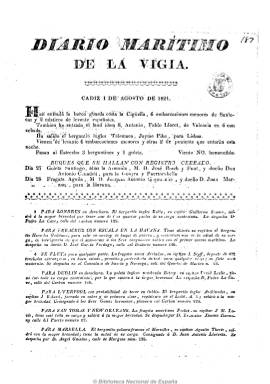
Título: Diario marítimo de la vigía
Colección: Navegación
Ámbito geográfico: Cádiz
Lugar de publicación: Cádiz
Fechas: 01/08/1821-15/11/1821

Periódico gaditano que informa del movimiento portuario y los fletes y productos de los buques. Para Mario Trujillo Bolio es un “instrumento de consulta fundamental para abordar el intercambio marítimo entre Cádiz y las colonias hispanoaméricanas”, pero también del Mediterráneo y norte de Europa. Comenzó a publicarse semanalmente en 1789 de manera manuscrita por el vigía mayor de Cádiz, Aureliano Tavira, de ahí su título, que hace mención también a la Torre Vigía del golfo gaditano, y a partir de 1798 ya apareció impreso, y con frecuencia diaria desde 1816. Los vigías mayores Antonio García, Federico Tomasi Vargas y Adolfo Cebada Gómez fueron otros de sus redactores y editores.

Su publicación alcanza hasta 1936, adoptando a lo largo del tiempo otros diversos títulos: Lista semanal de buques entrados, salidos y existentes en la bahía, Vigía de Cádiz, El vigía o Parte oficial de la vigía de Cádiz, y a veces aparecía sin estampar el título o cabecera.

La colección de este periódico en la Biblioteca de Temas Gaditanos Juvencio Maeztu abarca los siguientes periodos: 1789-1794, 1798-1852 y 1891-1936.

Los escasos números de este título en la colección de la Biblioteca Nacional de España corresponden a 1821, datados pero sin numerar ni pie de imprenta, tienen sólo una página, y dan cuenta también de una breve nota sobre la situación meteorológica marítima.

Aguilar Piñal no lo incluyó en su trabajo sobre la prensa española del XVIII, debido quizás a su forma manuscrita inicial, y por su carácter estrictamente comercial y mercantil no ha ocupado lugar en la historia del periodismo español, a pesar de su larga existencia, aunque periódicos como Diario mercantil de Cádiz tuvieron que competir con él, especialmente en el primer tercio del siglo XIX.